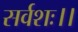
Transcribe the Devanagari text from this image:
सर्वशः।।